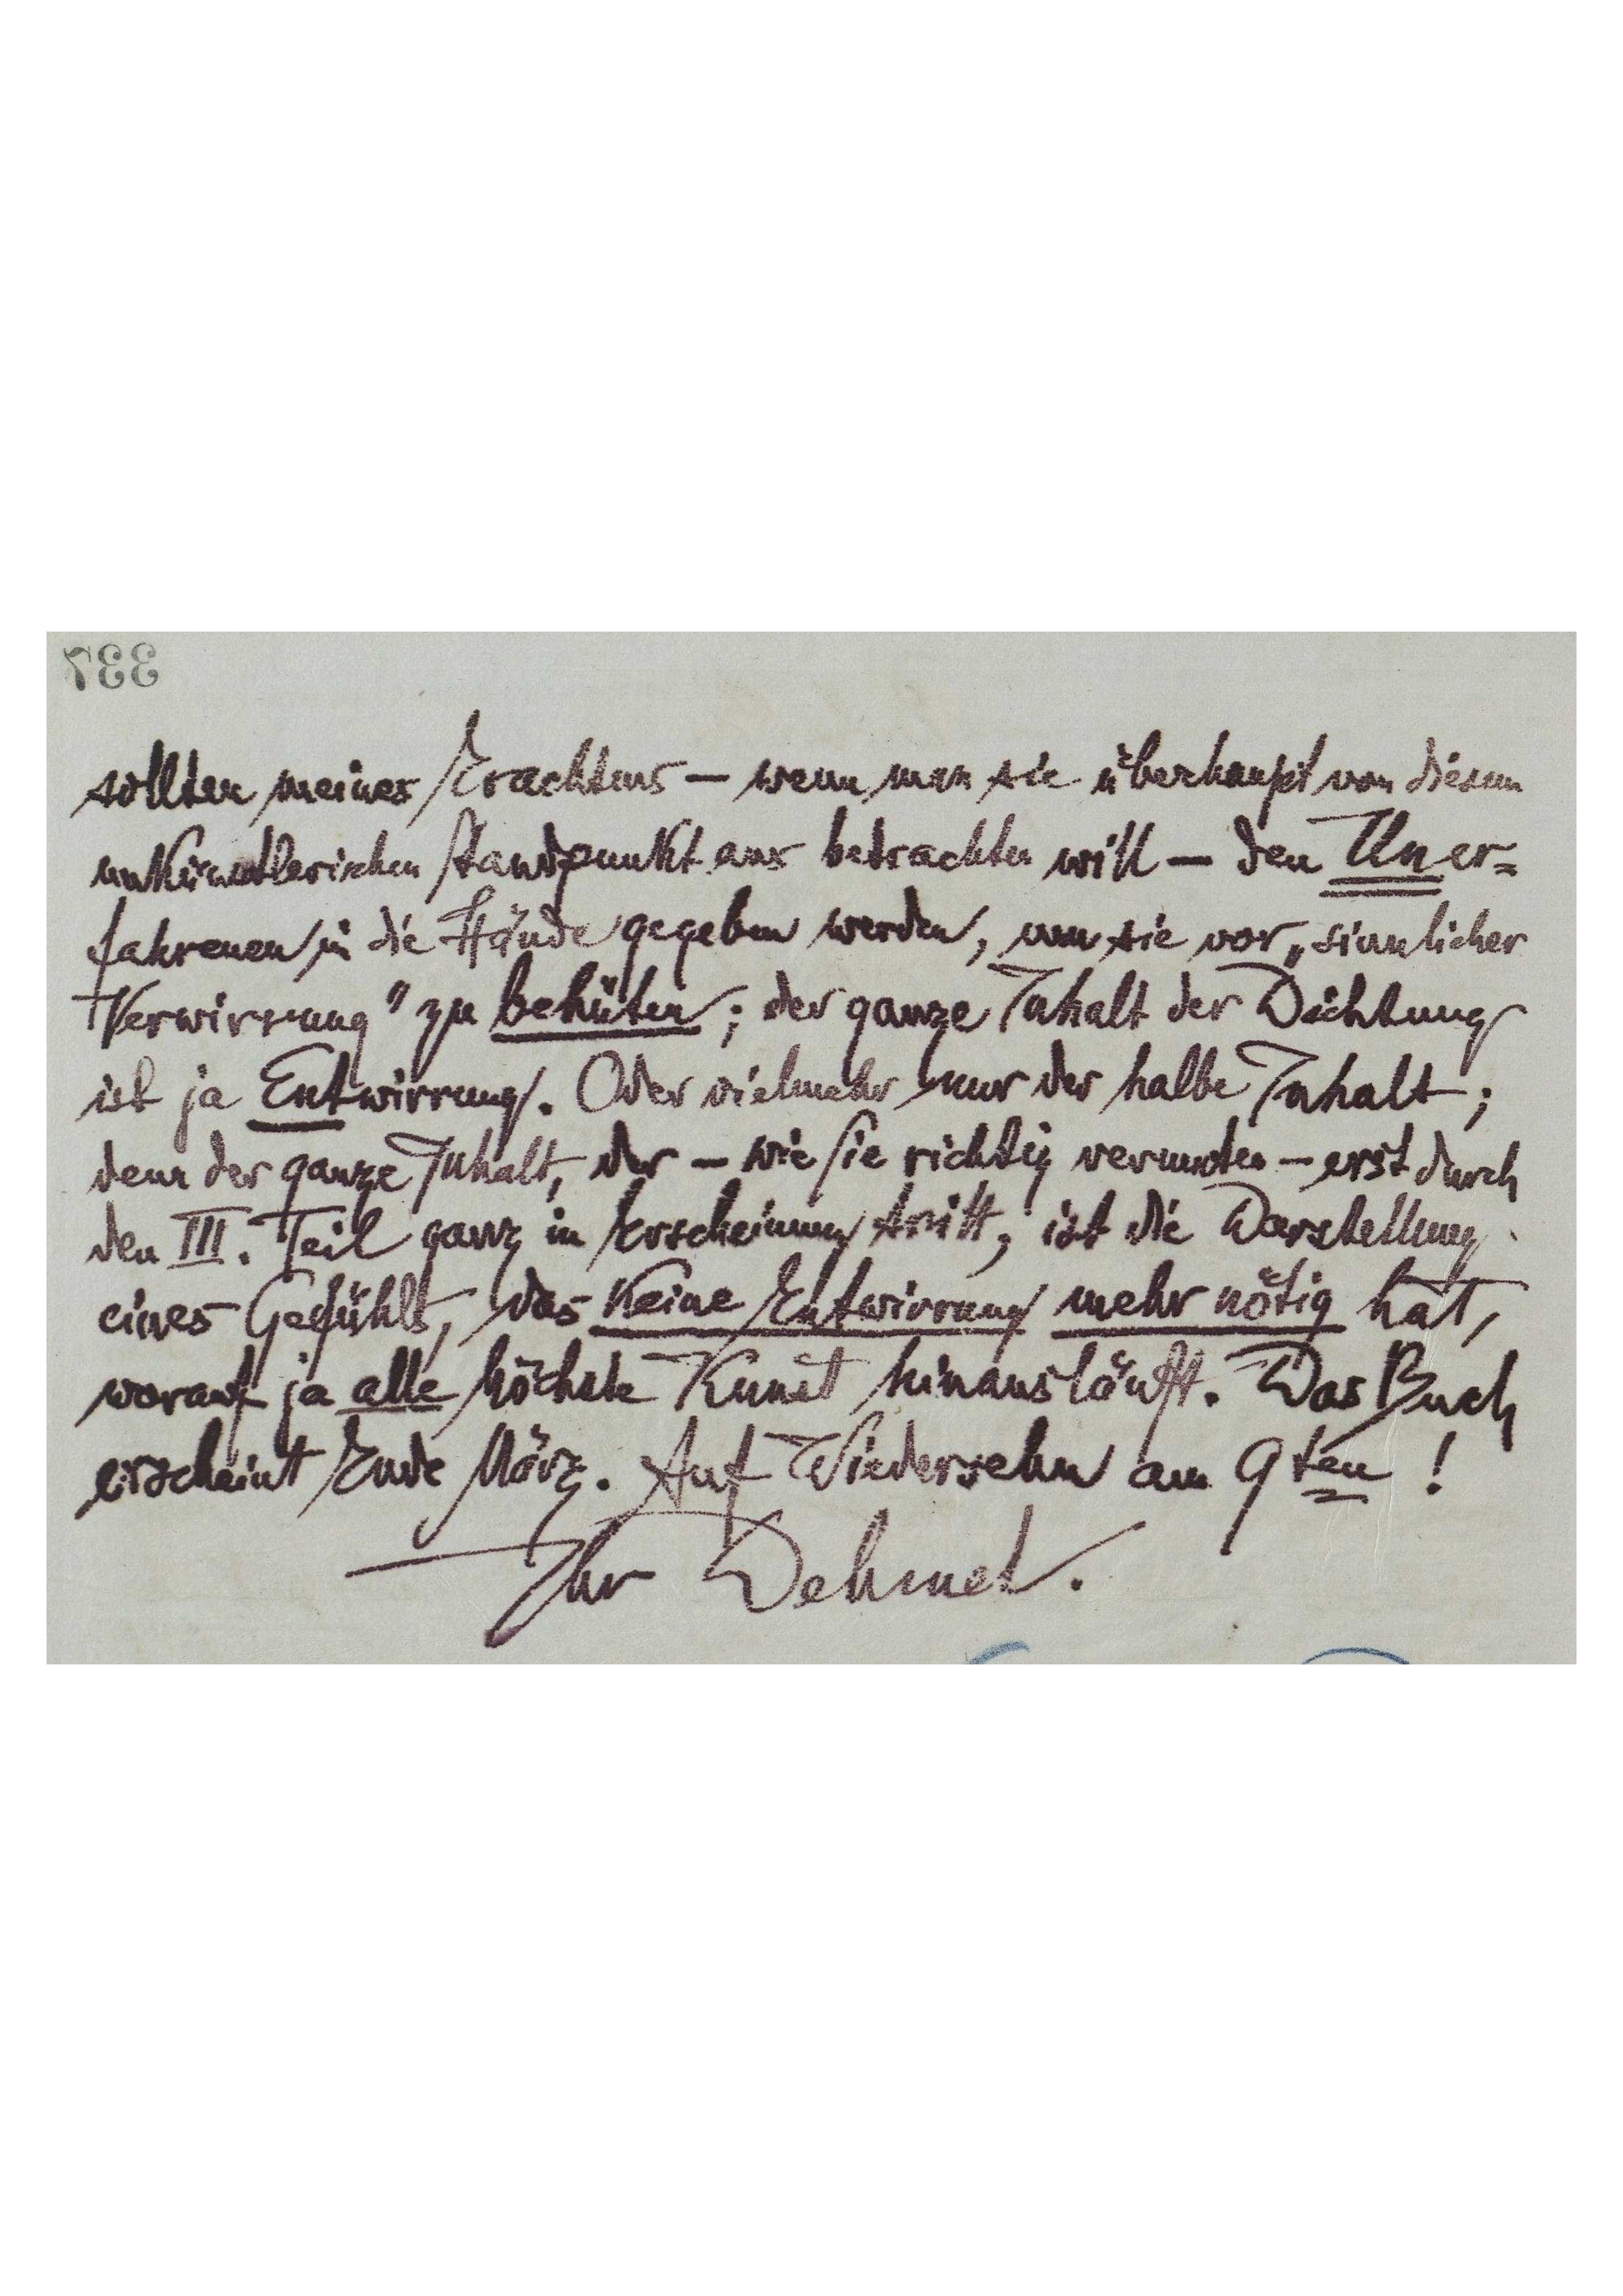
sollten meines Erachtens – wenn man sie überhaupt von diesem
unkünstlerischen Standpunkt aus betrachten will – den Uner-
fahrenen in die Hände gegeben werden, um sie vor „sinnlicher
Verwirrung" zu behüten; der ganze Inhalt der Dichtung
ist ja Entwirrung. Oder vielmehr nur der halbe Inhalt;
denn der ganze Inhalt, der – wie Sie richtig vermuten – erst durch
den III. Teil ganz in Erscheinung tritt, ist die Darstellung
eines Gefühls, was keine Entwirrung mehr nötig hat,
worauf ja alle höchste Kunst hinausläuft. Das Buch
erscheint Ende März. Auf Wiedersehen am 9ten!
Ihr Dehmel.